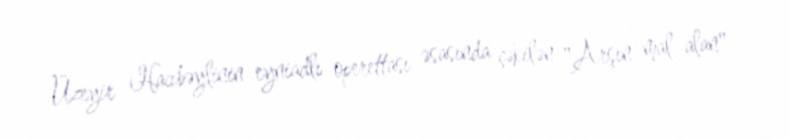
Üzeyir Hacıbəylinin eyniadlı operettası əsasında çəkilən "Arşın mal alan"